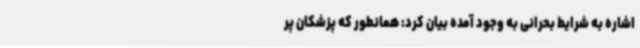
اشاره به شرایط بحرانی به وجود آمده بیان کرد: همانطور که پزشکان پر